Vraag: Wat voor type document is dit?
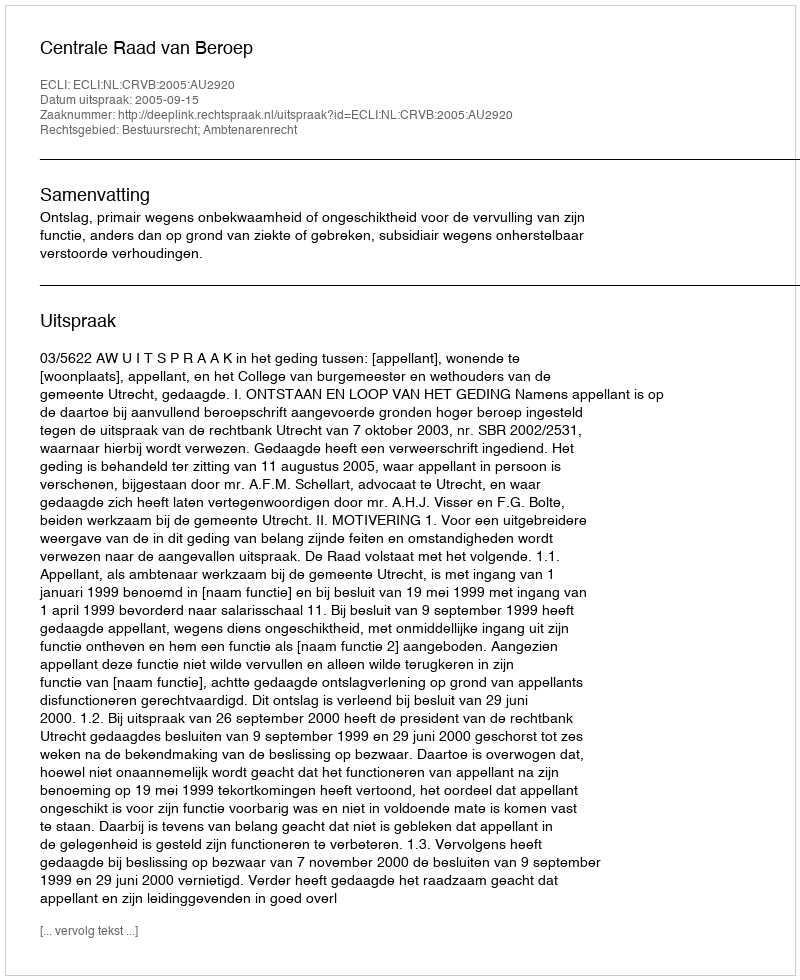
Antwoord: Uitspraak